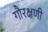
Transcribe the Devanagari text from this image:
गौरक्षणी